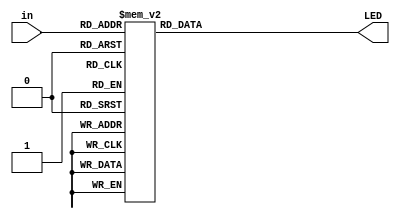
/* Axelou Olympia
 * oaxelou@uth.gr 
 * 2161
 * 
 * ce430
 * Project1: 7-Segment display
 *
 * Part A: 7-Segment decoder implementation
 * 
 * LEDdecoder: input: the character to project
 *               (active high i.e. char 'a' : 4'b1010)
 *	      output: the LEDs of the 7-Segment display
 *               (active low)
 *
 *
 * This circuit maps the binary code of a char 
 * to the segments that must be opened to display 
 * the char on the seven segment indicator.
 * (given that a segment is 0 when opened)
 *
 * E.g., char 'a' : 
 *                  binary code: 1010
 *                  7-S-D  code: 0001000
 *                                _  
 *                visual result: | |
 *                                -
 *                               | |
 */

module LEDdecoder(in, LED);
input [3:0] in;
output [6:0] LED;

reg [6:0] LED;

parameter char0 = 7'b0000001,
          char1 = 7'b1001111,
          char2 = 7'b0010010,
          char3 = 7'b0000110,
          char4 = 7'b1001100,
          char5 = 7'b0100100,
          char6 = 7'b0100000,
          char7 = 7'b0001111,
          char8 = 7'b0000000,
          char9 = 7'b0000100,
          charA = 7'b0001000,
          charB = 7'b1100000,
          charC = 7'b1110010,
          charD = 7'b1000010,
          charE = 7'b0110000,
          charF = 7'b0111000;
/*
assign LED = in[3] ? (in[2] ? (in[1] ? (in[0]? charF : charE)  : 
                                       (in[0]? charD : charC)) : 
                              (in[1] ? (in[0]? charB : charA)  : 
                                       (in[0]? char9 : char8))): 
                     (in[2] ? (in[1] ? (in[0]? char7 : char6)  :
                                       (in[0]? char5 : char4)) : 
                              (in[1] ? (in[0]? char3 : char2)  : 
                                       (in[0]? char1 : char0)));
*/

always @(in)
begin
	case(in)
		4'b1111: LED = charF;
		4'b1110: LED = charE;
		4'b1101: LED = charD;
		4'b1100: LED = charC;
		4'b1011: LED = charB;
		4'b1010: LED = charA;
		4'b1001: LED = char9;
		4'b1000: LED = char8;
		4'b0111: LED = char7;
		4'b0110: LED = char6;
		4'b0101: LED = char5;
		4'b0100: LED = char4;
		4'b0011: LED = char3;
		4'b0010: LED = char2;
		4'b0001: LED = char1;
		4'b0000: LED = char0;
	endcase
end

endmodule